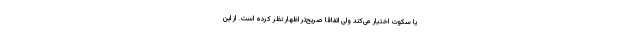
یا سکوت اختیار می‌کند ولی اتفاقا صریح‌تر اظهار نظر کرده است. از این